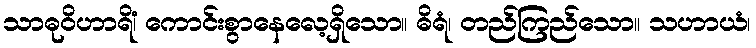
သာဓုဝိဟာရိံ၊ ကောင်းစွာနေလေ့ရှိသော။ ဓိရံ၊ တည်ကြည်သော။ သဟာယံ၊